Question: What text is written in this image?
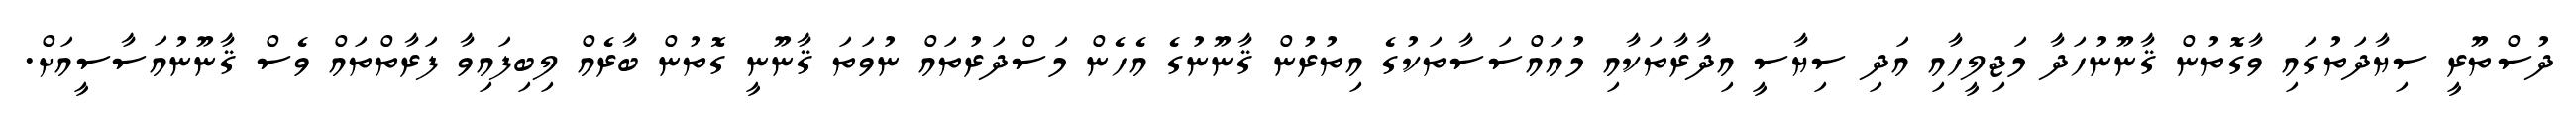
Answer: ދުސްތޫރީ ސިޔާދަތުގައި ވާގޮތުން ޤާނޫނުހަދާ މަޖިލީހާއި އަދި ސިޔާސީ އިދާރާތަކާއި މުއައްސަސާތަކުގެ އިތުރުން ޤާނޫނުގެ އެހެން މަސްދަރުތައް ނުވަތަ ޤާނޫނީ ގޮތުން ބާރެއް ލިބިފައިވާ ފަރާތްތައް ވެސް ޤާނޫނުއަސާސީއަށް.